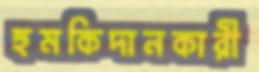
হুমকিদানকারী